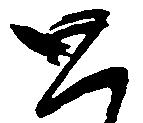
と